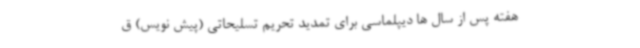
هفته پس از سال ها دیپلماسی برای تمدید تحریم تسلیحاتی (پیش نویس) ق